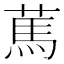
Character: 䔍